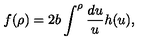
f ( \rho ) = 2 b \int ^ { \rho } \frac { d u } { u } h ( u ) ,